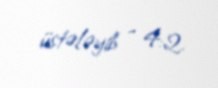
üstələyib - 4:2.